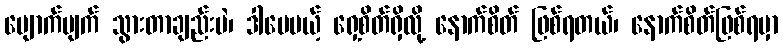
ပျောက်ပျက် သွားတာချည်းပဲ၊ ဒါပေမယ့် ရှေ့စိတ်ရှိလို့ နောက်စိတ် ဖြစ်ရတယ်၊ နောက်စိတ်ဖြစ်ရမှာ